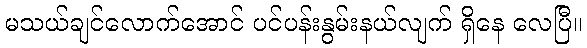
မသယ်ချင်လောက်အောင် ပင်ပန်းနွမ်းနယ်လျက် ရှိနေ လေပြီ။